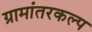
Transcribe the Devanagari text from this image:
ग्रामांतरकल्प